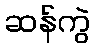
ဆန်ကွဲ